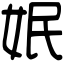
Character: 姄